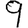
Digit: 9